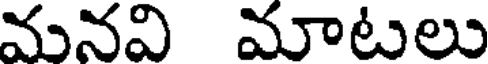
మనవి మాటలు